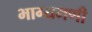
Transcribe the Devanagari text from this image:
भाग्यमणी